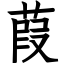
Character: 葭